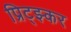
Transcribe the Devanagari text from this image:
प्रिट्झ्कर